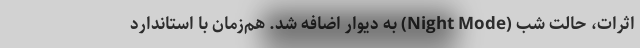
اثرات، حالت شب (Night Mode) به دیوار اضافه شد. هم‌زمان با استاندارد